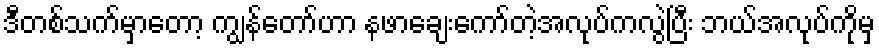
ဒီတစ်သက်မှာတော့ ကျွန်တော်ဟာ နဖာချေးကော်တဲ့အလုပ်ကလွဲပြီး ဘယ်အလုပ်ကိုမှ